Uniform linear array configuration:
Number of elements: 16
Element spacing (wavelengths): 1
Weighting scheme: hann
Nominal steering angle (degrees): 45
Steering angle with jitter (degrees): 44.679
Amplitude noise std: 0.05
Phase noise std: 0.05

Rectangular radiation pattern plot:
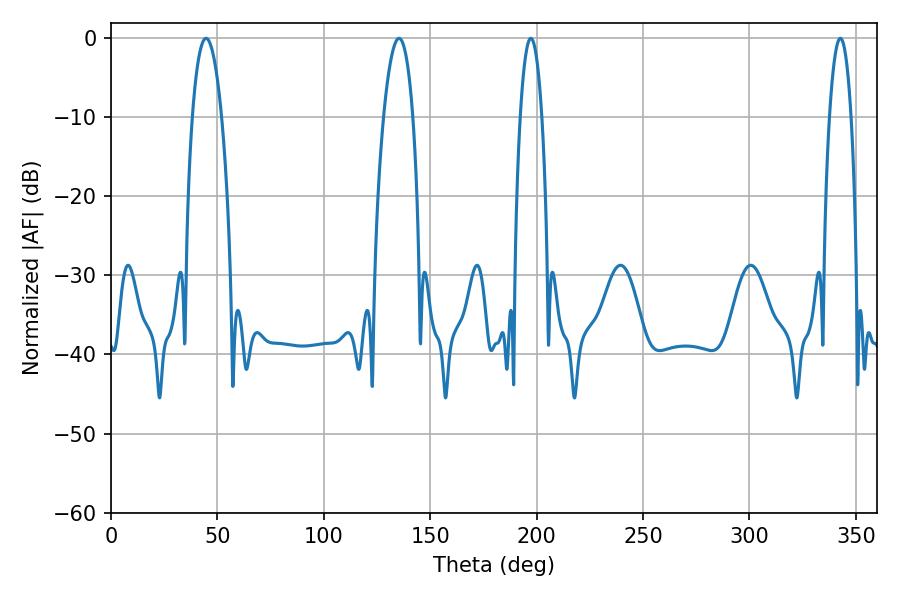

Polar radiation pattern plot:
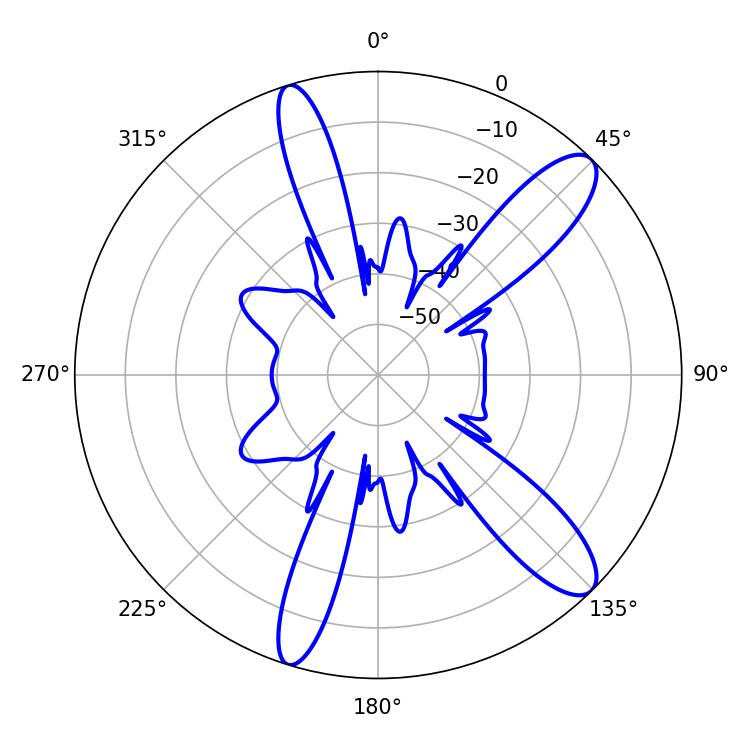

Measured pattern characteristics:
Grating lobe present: TRUE
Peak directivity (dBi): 11.615
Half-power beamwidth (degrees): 5.76
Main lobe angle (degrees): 197.28